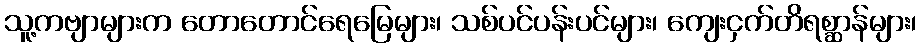
သူ့ကဗျာများက တောတောင်ရေမြေများ၊ သစ်ပင်ပန်းပင်များ၊ ကျေးငှက်တိရစ္ဆာန်များ၊